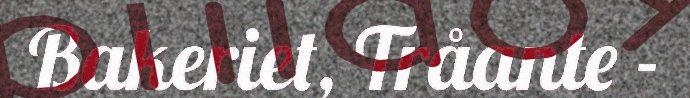
Bakeriet, Tråante -